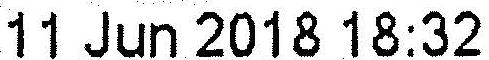
11 JUN 2018 18:32